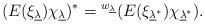
LaTeX: \begin{align*}(E(\xi_{\underline\lambda})\chi_{\underline\lambda})^*={}^{w_{\underline\lambda}}(E(\xi_{\underline\lambda^*})\chi_{\underline\lambda^*}). \end{align*}